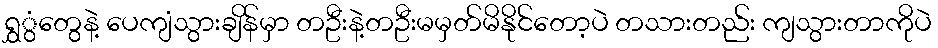
ရွှွံတွေနဲ့ ပေကျံသွားချိန်မှာ တဦးနဲ့တဦးမမှတ်မိနိုင်တော့ပဲ တသားတည်း ကျသွားတာကိုပဲ